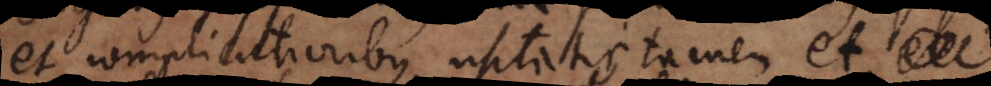
et complicatioribus, usitatis, tamen et